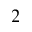
2